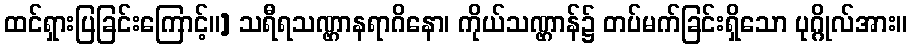
ထင်ရှားပြခြင်းကြောင့်။] သရီရသဏ္ဌာနရာဂိနော၊ ကိုယ်သဏ္ဌာန်၌ တပ်မက်ခြင်းရှိသော ပုဂ္ဂိုလ်အား။